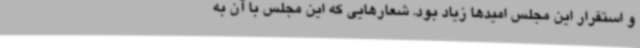
و استقرار این مجلس امیدها زیاد بود. شعارهایی که این مجلس با آن به